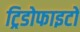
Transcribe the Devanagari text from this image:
ट्रिडोफाइटों